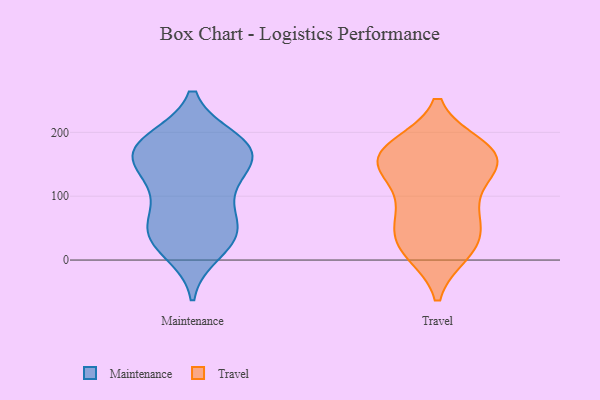
{"axis": {"x": "Budget (USD K)", "y": "Value"}, "legend": ["Maintenance", "Travel"], "data": [{"x": "", "y": 101, "type": "Maintenance"}, {"x": "", "y": 37, "type": "Maintenance"}, {"x": "", "y": 43, "type": "Maintenance"}, {"x": "", "y": 69, "type": "Maintenance"}, {"x": "", "y": 167, "type": "Maintenance"}, {"x": "", "y": 45, "type": "Maintenance"}, {"x": "", "y": 169, "type": "Maintenance"}, {"x": "", "y": 172, "type": "Maintenance"}, {"x": "", "y": 36, "type": "Maintenance"}, {"x": "", "y": 147, "type": "Maintenance"}, {"x": "", "y": 181, "type": "Maintenance"}, {"x": "", "y": 187, "type": "Maintenance"}, {"x": "", "y": 115, "type": "Maintenance"}, {"x": "", "y": 182, "type": "Maintenance"}, {"x": "", "y": 146, "type": "Maintenance"}, {"x": "", "y": 14, "type": "Maintenance"}, {"x": "", "y": 173, "type": "Travel"}, {"x": "", "y": 14, "type": "Travel"}, {"x": "", "y": 70, "type": "Travel"}, {"x": "", "y": 140, "type": "Travel"}, {"x": "", "y": 168, "type": "Travel"}, {"x": "", "y": 141, "type": "Travel"}, {"x": "", "y": 158, "type": "Travel"}, {"x": "", "y": 140, "type": "Travel"}, {"x": "", "y": 18, "type": "Travel"}, {"x": "", "y": 154, "type": "Travel"}, {"x": "", "y": 39, "type": "Travel"}, {"x": "", "y": 12, "type": "Travel"}, {"x": "", "y": 87, "type": "Travel"}, {"x": "", "y": 177, "type": "Travel"}, {"x": "", "y": 177, "type": "Travel"}, {"x": "", "y": 81, "type": "Travel"}, {"x": "", "y": 44, "type": "Travel"}]}